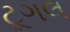
ટૂગલ